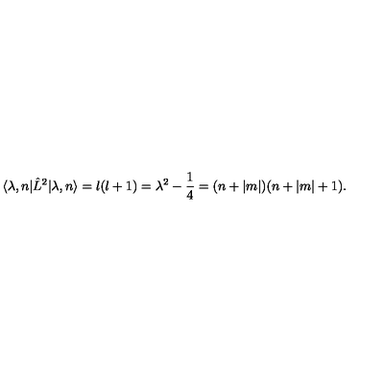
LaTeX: \langle \lambda , n | \hat { L } ^ { 2 } | \lambda , n \rangle = l ( l + 1 ) = \lambda ^ { 2 } - \frac 1 4 = ( n + | m | ) ( n + | m | + 1 ) .